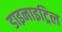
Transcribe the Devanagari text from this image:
डाइनाइट्रिल